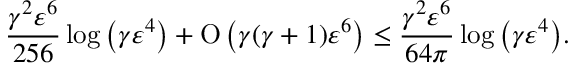
\frac { \gamma ^ { 2 } \varepsilon ^ { 6 } } { 2 5 6 } \log { \left( \gamma \varepsilon ^ { 4 } \right) } + \ensuremath { \operatorname { O } \left( \gamma ( \gamma + 1 ) \varepsilon ^ { 6 } \right) } \leq \frac { \gamma ^ { 2 } \varepsilon ^ { 6 } } { 6 4 \pi } \log { \left( \gamma \varepsilon ^ { 4 } \right) } .